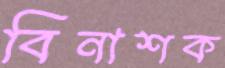
বিনাশক